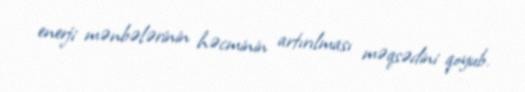
enerji mənbələrinin həcminin artırılması məqsədini qoyub.